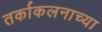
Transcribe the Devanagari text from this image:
तर्काकलनाच्या